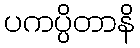
ပကပ္ပိတာနိ